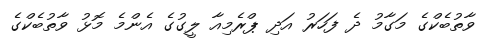
ވާތުބެކްގެ މަގާމު ދެ ފަހަރު އަދި ޕްރެމިއާ ލީގުގެ އެންމެ މޮޅު ވާތުބެކްގެ